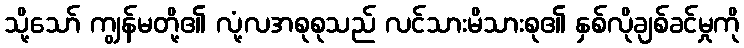
သို့သော် ကျွန်မတို့၏ လုံ့လအစုစုသည် လင်သားမိသားစု၏ နှစ်လိုချစ်ခင်မှုကို